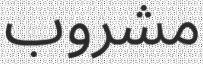
مشروب